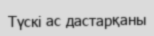
Түскі ас дастарқаны